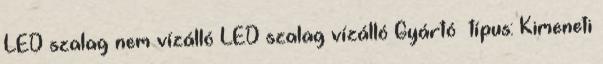
LED szalag nem vízálló LED szalag vízálló Gyártó típus: Kimeneti